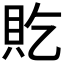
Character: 𫎐